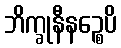
ဘိက္ခုနီနဉ္စေပိ